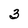
Character: 3